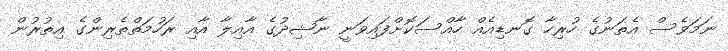
ނަމަވެސް އެތަނުގެ ހުރިހާ ގޮނޑިއެއް ހާއްސަކޮށްފައިވަނީ ނާޝިދުގެ އާއިލާ އާއި ރަހުމަތްތެރިންގެ އިތުރުން